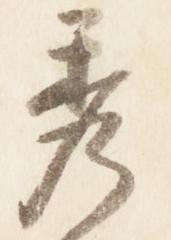
秀